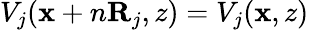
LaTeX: V_{j}(\textbf{x}+n\textbf{R}_{j},z)=V_{j}(\textbf{x},z)